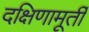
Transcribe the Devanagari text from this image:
दक्षिणामूर्ती